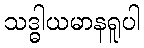
သဒ္ဓါယမာနရူပါ